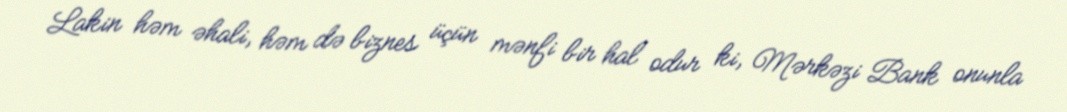
Lakin həm əhali, həm də biznes üçün mənfi bir hal odur ki, Mərkəzi Bank onunla